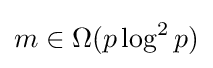
m\in \Omega (p\log ^{2}p)